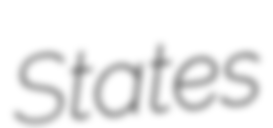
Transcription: States